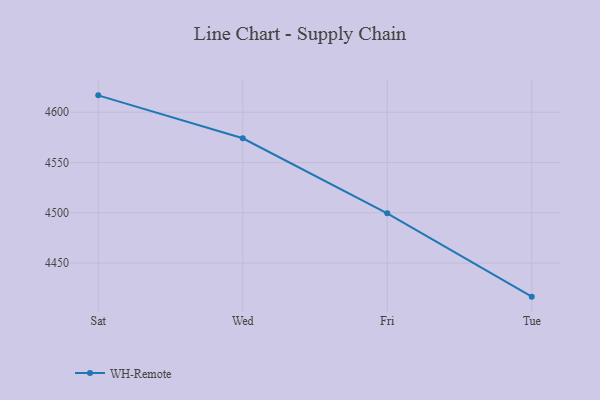
{"axis": {"x": "Day", "y": "Page Views"}, "legend": ["WH-Remote"], "data": [{"x": "Sat", "y": 4616.8, "type": "WH-Remote"}, {"x": "Wed", "y": 4574.1, "type": "WH-Remote"}, {"x": "Fri", "y": 4499.5, "type": "WH-Remote"}, {"x": "Tue", "y": 4416.6, "type": "WH-Remote"}]}